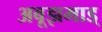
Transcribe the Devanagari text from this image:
अबूझमाड्